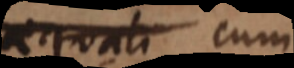
aequali cum